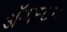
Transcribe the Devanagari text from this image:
ऑगस्टन